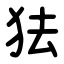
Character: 㹤